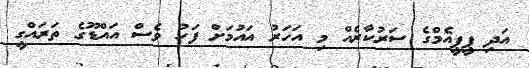
އަދި ޕީޕީއެމްގެ ސަރުކާރެއް މި އަހަރު އައުމަށް ފަހު ވެސް އައްޑޫގެ ތަރައްގީ